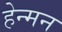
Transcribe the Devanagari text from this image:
हेन्मन